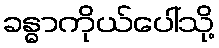
ခန္ဓာကိုယ်ပေါ်သို့